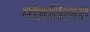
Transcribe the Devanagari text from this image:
मोहविलय